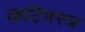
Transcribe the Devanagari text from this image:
कटिवस्त्र